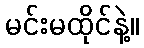
မင်းမထိုင်နဲ့။